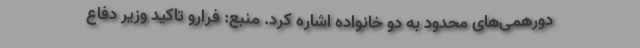
دورهمی‌های محدود به دو خانواده اشاره کرد. منبع: فرارو تاکید وزیر دفاع